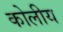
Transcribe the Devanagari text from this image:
कोलीय